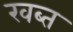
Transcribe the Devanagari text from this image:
खब्त